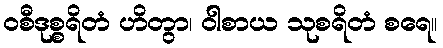
ဝစီဒုစ္စရိတံ ဟိတွာ၊ ဝါစာယ သုစရိတံ စရေ။